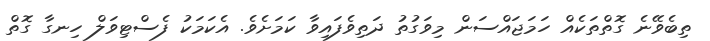
ތިބެވޭނެ ގޮތްތަކެއް ހަމަޖައްސަން މިވަގުތު ދަތިވެފައިވާ ކަމަށެވެ. އެކަމަކު ފެސްޓިވަލް ހިނގާ ގޮތް